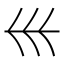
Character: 𡿧